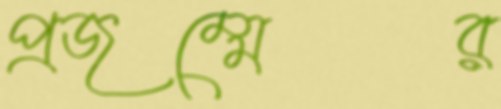
প্রজম্মের